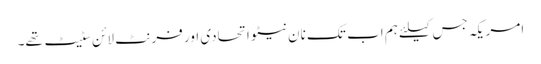
امریکہ جس کیلئے ہم اب تک نان نیٹو اتحادی اور فرنٹ لائن سٹیٹ تھے۔